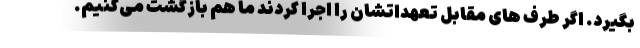
بگیرد. اگر طرف های مقابل تعهداتشان را اجرا کردند ما هم بازگشت می‌کنیم.